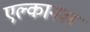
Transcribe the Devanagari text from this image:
एल्कानल